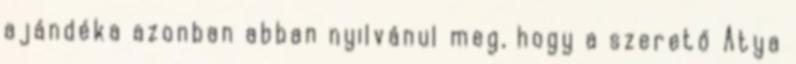
ajándéka azonban abban nyilvánul meg, hogy a szerető Atya